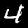
Label: 4